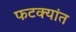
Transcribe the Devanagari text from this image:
फटक्यांत